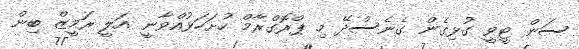
ސަން ޓީވީ ގުޅިގެން ގެނެސްދޭ މި ޕްރޮގްރާމް ހުށަހަޅުއްވާނީ އަލީ ރަމީޒް ބިން